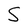
Character: S